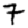
Digit: 7